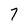
Character: 7